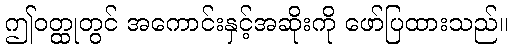
ဤဝတ္ထုတွင် အကောင်းနှင့်အဆိုးကို ဖော်ပြထားသည်။